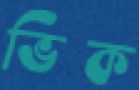
ভিক